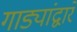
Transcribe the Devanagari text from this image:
गाड्यांद्वारे